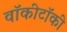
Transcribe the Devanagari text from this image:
वॉकीटॉकी